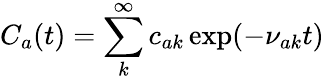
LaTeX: C_{a}(t)=\sum_{k}^{\infty}c_{ak}\exp(-\nu_{ak}t)